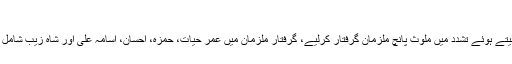
مزید پڑھیں: فیس بک ذہنی دباؤ کی وجہ قرار، تحقیق
اے آر وائی نیوز کی خبر پر تھانہ جنگ بازار پولیس نے ایکشن لیتے ہوئے تشدد میں ملوث پانچ ملزمان گرفتار کرلیے، گرفتار ملزمان میں عمر حیات، حمزہ، احسان، اسامہ علی اور شاہ زیب شامل ہیں، پولیس نے پانچوں ملزمان کے خلاف مقدمہ درج کر لیا ہے۔